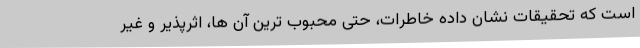
است که تحقیقات نشان داده خاطرات، حتی محبوب ترین آن ها، اثرپذیر و غیر